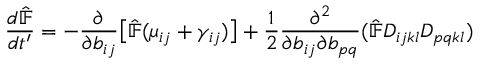
\frac { d \hat { \mathbb { F } } } { d t ^ { \prime } } = - \frac { \partial } { \partial b _ { i j } } \big [ \hat { \mathbb { F } } ( \mu _ { i j } + \gamma _ { i j } ) \big ] + \frac { 1 } { 2 } \frac { \partial ^ { 2 } } { \partial b _ { i j } \partial b _ { p q } } ( \hat { \mathbb { F } } D _ { i j k l } D _ { p q k l } )